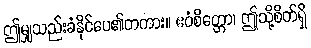
ဤမျှသည်းခံနိုင်ပေ၏တကား။ ဧဝံစိတ္တော၊ ဤသို့စိတ်ရှိ